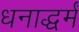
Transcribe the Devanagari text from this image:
धनाद्धर्मं